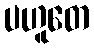
ပဟူတေ